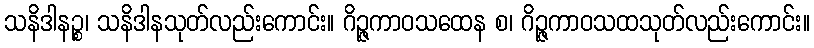
သနိဒါနဉ္စ၊ သနိဒါနသုတ်လည်းကောင်း။ ဂိဉ္ဇကာဝသထေန စ၊ ဂိဉ္ဇကာဝသထသုတ်လည်းကောင်း။